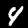
Label: 4